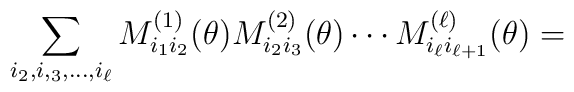
\sum_{i_2, i,_3, \ldots, i_{\ell}}M^{(1)}_{i_1i_2}(\theta)M^{(2)}_{i_2i_3}(\theta) \cdots M^{(\ell)}_{i_{\ell}i_{\ell+1}}(\theta)=